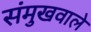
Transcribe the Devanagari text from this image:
संमुखवाले